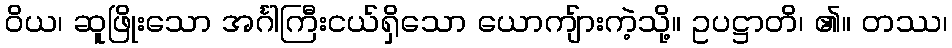
ဝိယ၊ ဆူဖြိုးသော အင်္ဂါကြီးငယ်ရှိသော ယောကျ်ားကဲ့သို့။ ဥပဋ္ဌာတိ၊ ၏။ တဿ၊